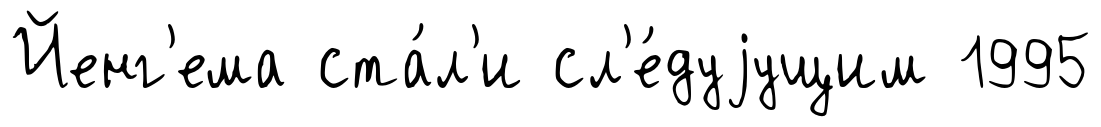
Йенг'ема ста́л'и сл'е́дуjущим 1995